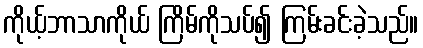
ကိုယ့်ဘာသာကိုယ် ကြိမ်ကိုသပ်၍ ကြမ်းခင်းခဲ့သည်။